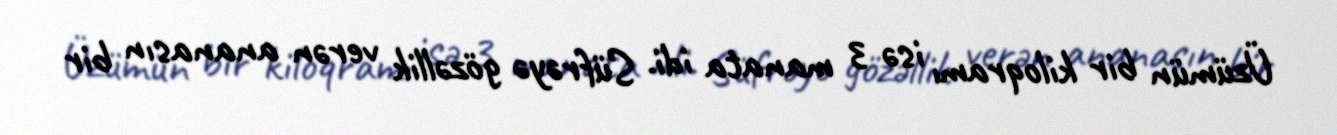
Üzümün bir kiloqramı isə 3 manata idi. Süfrəyə gözəllik verən ananasın bir